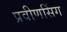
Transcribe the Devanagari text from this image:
प्रवीणसिंग